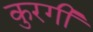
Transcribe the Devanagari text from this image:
कुरगी